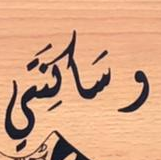
وساكنتي